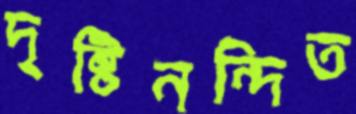
দৃষ্টিনন্দিত